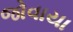
જોવાયા